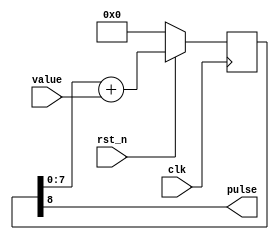
module dac #(
    parameter WIDTH = 8
) (
    input             rst_n,
    input             clk,
    input [WIDTH-1:0] value,
    output            pulse
);

    reg [WIDTH:0] accumulator;
    always @(posedge clk)
        if (!rst_n) begin
            accumulator <= '0;
        end else begin
            accumulator <= accumulator[WIDTH-1:0] + value;
        end

    assign pulse = accumulator[WIDTH];
endmodule